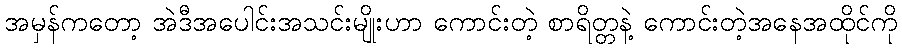
အမှန်ကတော့ အဲဒီအပေါင်းအသင်းမျိုးဟာ ကောင်းတဲ့ စာရိတ္တနဲ့ ကောင်းတဲ့အနေအထိုင်ကို